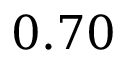
0 . 7 0